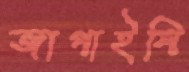
জাগাইলি